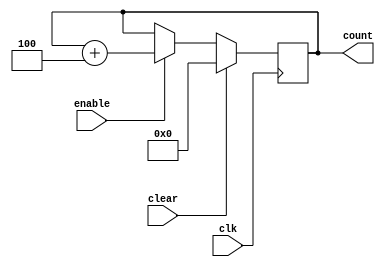

module program_counter (clk,clear,enable,count);

input clk;
input clear;
input enable;
output reg [4:0] count = 0;


always @(posedge clk) begin
 
 if (clear) count <= 4'b0;
 else if ( enable )
  begin
	count <= count + 5'd4;
  end
 end

endmodule